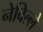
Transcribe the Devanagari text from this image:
नेविल्ले